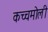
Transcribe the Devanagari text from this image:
कच्चमोली